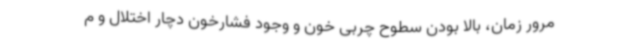
مرور زمان، بالا بودن سطوح چربی خون و وجود فشارخون دچار اختلال و م